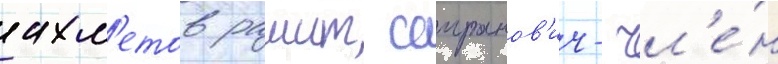
ахм'етов рашит саиранов'ич- чл'е́н